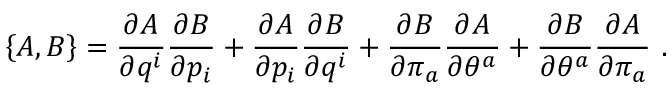
\left\{ A , B \right\} = \frac { \partial A } { \partial q ^ { i } } \frac { \partial B } { \partial p _ { i } } + \frac { \partial A } { \partial p _ { i } } \frac { \partial B } { \partial q ^ { i } } + \frac { \partial B } { \partial \pi _ { a } } \frac { \partial A } { \partial \theta ^ { a } } + \frac { \partial B } { \partial \theta ^ { a } } \frac { \partial A } { \partial \pi _ { a } } \ .